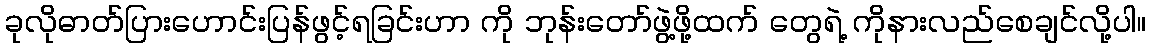
ခုလိုဓာတ်ပြားဟောင်းပြန်ဖွင့်ရခြင်းဟာ ကို ဘုန်းတော်ဖွဲ့ဖို့ထက် တွေရဲ့ ကိုနားလည်စေချင်လို့ပါ။